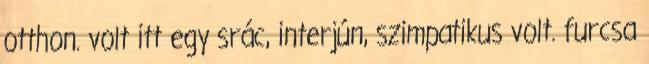
otthon. volt itt egy srác, interjún, szimpatikus volt. furcsa